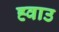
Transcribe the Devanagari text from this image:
ह्वाउ